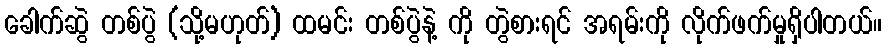
ခေါက်ဆွဲ တစ်ပွဲ (သို့မဟုတ်) ထမင်း တစ်ပွဲနဲ့ ကို တွဲစားရင် အရမ်းကို လိုက်ဖက်မှုရှိပါတယ်။